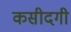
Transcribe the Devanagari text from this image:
कसीदगी